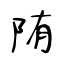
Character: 陏